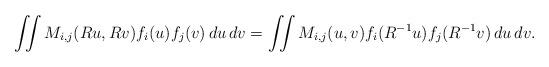
LaTeX: \begin{align*}\iint M_{i,j}(Ru,Rv)f_i(u)f_j(v)\,du\,dv=\iint M_{i,j}(u,v)f_i(R^{-1}u)f_j(R^{-1}v)\,du\,dv.\end{align*}